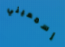
إسمعيني